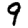
Digit: 9